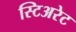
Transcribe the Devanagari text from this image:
स्टिअरेट